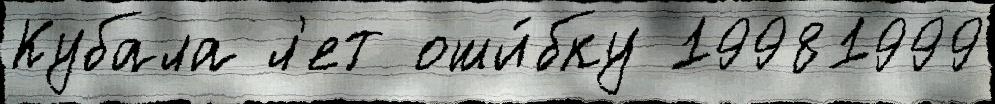
Кубала л'ет оши́бку 19981999